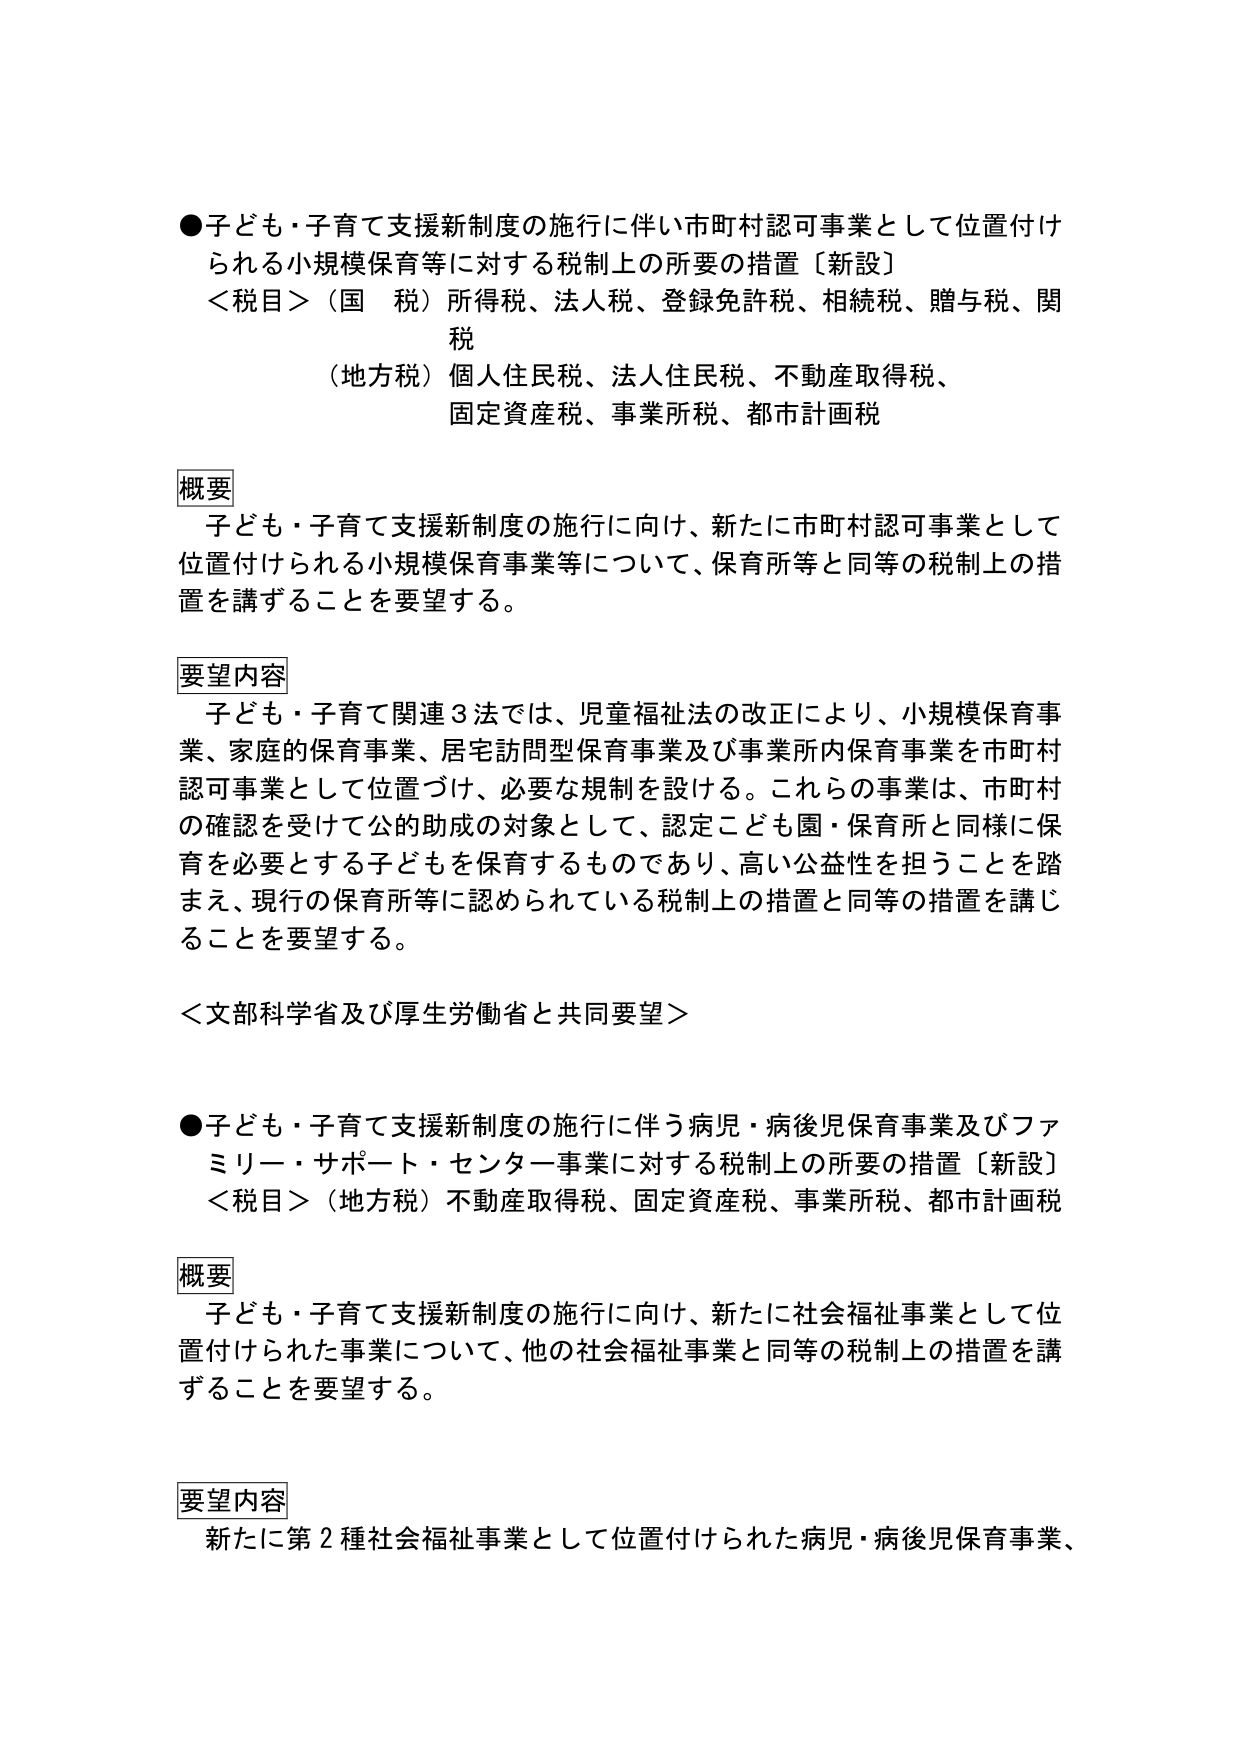
●子ども・子育て支援新制度の施行に伴い市町村認可事業として位置付けられる小規模保育等に対する税制上の所要の措置〔新設〕
＜税目＞（国　税）所得税、法人税、登録免許税、相続税、贈与税、関税
（地方税）個人住民税、法人住民税、不動産取得税、
固定資産税、事業所税、都市計画税

概要
子ども・子育て支援新制度の施行に向け、新たに市町村認可事業として位置付けられる小規模保育事業等について、保育所等と同等の税制上の措置を講ずることを要望する。

要望内容
子ども・子育て関連３法では、児童福祉法の改正により、小規模保育事業、家庭的保育事業、居宅訪問型保育事業及び事業所内保育事業を市町村認可事業として位置づけ、必要な規制を設ける。これらの事業は、市町村の確認を受けて公的助成の対象として、認定こども園・保育所と同様に保育を必要とする子どもを保育するものであり、高い公益性を担うことを踏まえ、現行の保育所等に認められている税制上の措置と同等の措置を講じることを要望する。

＜文部科学省及び厚生労働省と共同要望＞

●子ども・子育て支援新制度の施行に伴う病児・病後児保育事業及びファミリー・サポート・センター事業に対する税制上の所要の措置〔新設〕
＜税目＞（地方税）不動産取得税、固定資産税、事業所税、都市計画税

概要
子ども・子育て支援新制度の施行に向け、新たに社会福祉事業として位置付けられた事業について、他の社会福祉事業と同等の税制上の措置を講ずることを要望する。

要望内容
新たに第２種社会福祉事業として位置付けられた病児・病後児保育事業、